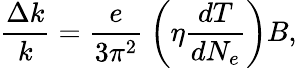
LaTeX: \frac{\Delta k}{k}=\frac{e}{3\pi^{2}}\: \left(\eta\frac{dT}{dN_{e}}\right)B,